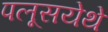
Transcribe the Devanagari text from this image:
पलूसयेथे